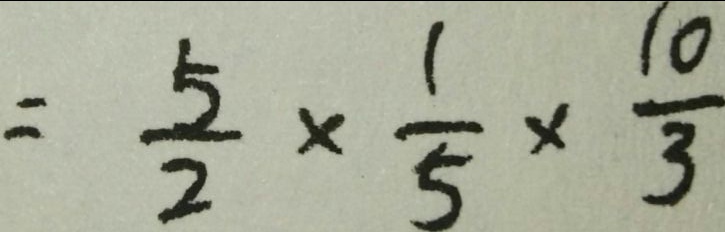
= \frac { 5 } { 2 } \times \frac { 1 } { 5 } \times \frac { 1 0 } { 3 }